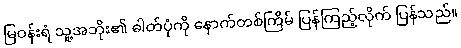
မြဝန်းရံ သူ့အဘိုး၏ ဓါတ်ပုံကို နောက်တစ်ကြိမ် ပြန်ကြည့်လိုက် ပြန်သည်။